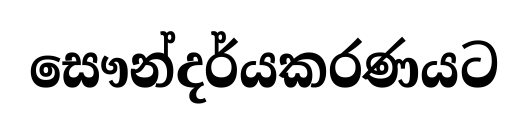
සෞන්දර්යකරණයට